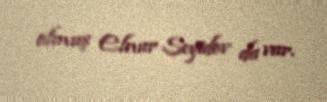
olmuş Elnur Seyidov da var.